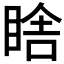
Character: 𭾼